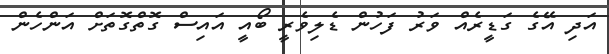
އަދި އޭގެ ގަޑީރެއް ވަރު ފަހުން ޑެލިވެރީ ބޯއީ އައިސް ގޮތްގޮތަށް އަންހެން